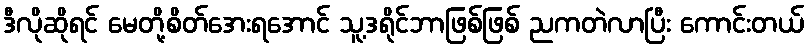
ဒီလိုဆိုရင် မေတို့စိတ်အေးရအောင် သူ့ဒရိုင်ဘာဖြစ်ဖြစ် ညကတဲလာပြီး ကောင်းတယ်